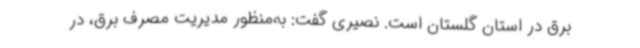
برق در استان گلستان است. نصیری گفت: به‌منظور مدیریت مصرف برق، در